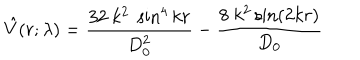
LaTeX: \hat { V } ( r ; \lambda ) = \frac { 3 2 ~ k ^ { 2 } ~ \sin ^ { 4 } k r } { D _ { 0 } ^ { 2 } } - \frac { 8 ~ k ^ { 2 } \sin ( 2 k r ) } { D _ { 0 } }